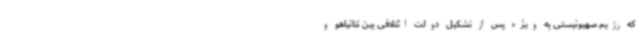
که رژیم صهیونیستی به ویژه پس از تشکیل دولت ائتلافی بین نتانیاهو و